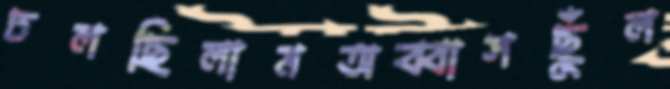
ঢলছিলামঅব্বাসছুঁল